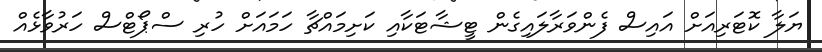
ޔަލާ ކޮޓަރިއަށް އައިސް ފެންވަރާލައިގެން ޓީޝާޓަކާއި ކަށިމައްޗާ ހަމައަށް ހުރި ސްޕޯޓްސް ހަރުވާޅެއް